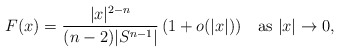
\begin{align*} F(x)=\frac{|x|^{2-n}}{(n-2)|S^{n-1}|}\,(1+o(|x|)) \quad\hbox{as}\ |x|\to 0, \end{align*}